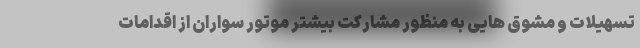
تسهیلات و مشوق هایی به منظور مشارکت بیشتر موتور سواران از اقدامات